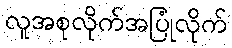
လူအစုလိုက်အပြုံလိုက်